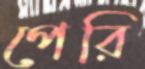
পেরি